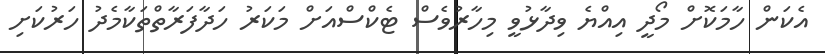
އެކަން ހާމަކޮށް މޯދީ އިއްޔެ ވިދާޅުވީ މިހާރުވެސް ޓެކްސްއަށް މަކަރު ހަދާފަރާތްތަކާމެދު ހަރުކަށި